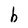
Character: b